Source: Handwritten
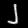
Digit: ၂ (2)